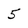
Character: 5